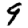
Digit: 9